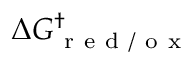
\Delta G _ { \mathrm { ~ r ~ e ~ d ~ / ~ o ~ x ~ } } ^ { \dag }